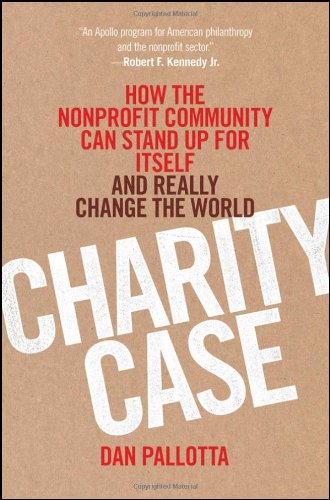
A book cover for Charity Case: How the Nonprofit Community Can Stand Up For Itself and Really Change the World; Dan Pallotta; Politics & Social Sciences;